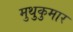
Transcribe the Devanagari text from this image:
मुथुकुमार